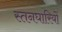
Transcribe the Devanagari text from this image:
स्तनघारियों